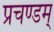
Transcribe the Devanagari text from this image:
प्रचण्डम्